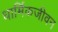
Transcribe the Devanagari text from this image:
धार्मिकजीवन